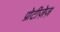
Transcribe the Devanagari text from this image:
प्रोटीज़ेज़